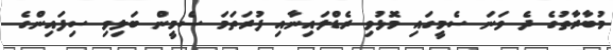
މުބާރާތުގެ ދެ ވަނަ ސެމީގައި މޮޅުވި ރެޑްލައިނާއި ފުރަތަމަ ސެމީން ބަލިވި ސިފައިންގެ